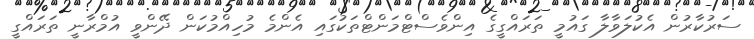
ސަރުކާރުން އެކުލަވާލާ ގައުމީ ތަރައްގީގެ އިންވެސްޓްމަންޓްތަކުގައި އެންމެ މުހިއްމުކަން ދޭންވީ އުމްރާނީ ތަރައްގީ